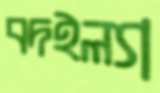
বদইল্যা